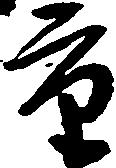
重